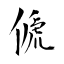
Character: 傂